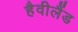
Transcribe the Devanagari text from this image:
हैवीलैंड